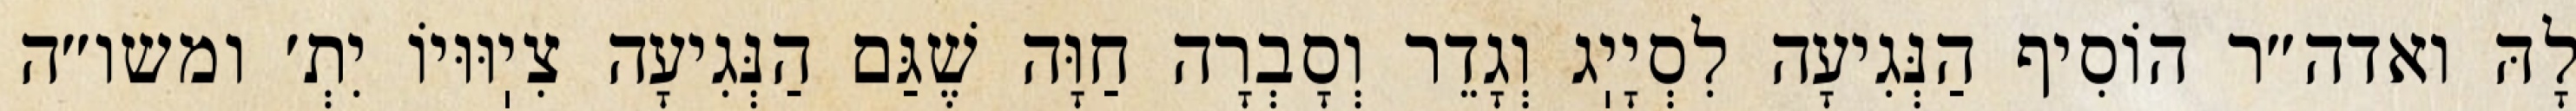
לָהּ ואדה״ר הוֹסִיף הַנְּגִיעָה לִסְיָיֽג וְגָדֵר וְסָבְרָה חַוָּה שֶׁגַּם הַנְּגִיעָה צִיֽוּוּיוֹ יִתְ׳ ומשו״ה